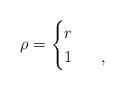
LaTeX: \begin{align*}\rho=\begin{cases}r\phantom{=}&\\1\phantom{=}&,\end{cases}\end{align*}